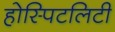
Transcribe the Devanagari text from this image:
होस्पिटलिटी